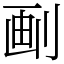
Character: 㓰